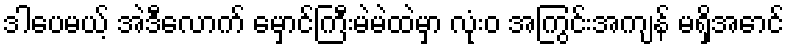
ဒါပေမယ့် အဲဒီလောက် မှောင်ကြီးမဲမဲထဲမှာ လုံးဝ အကြွင်းအကျန် မရှိအောင်